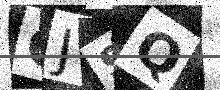
Text: CJSQ